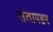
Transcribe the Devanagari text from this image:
संतापहर